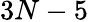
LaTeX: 3N-5